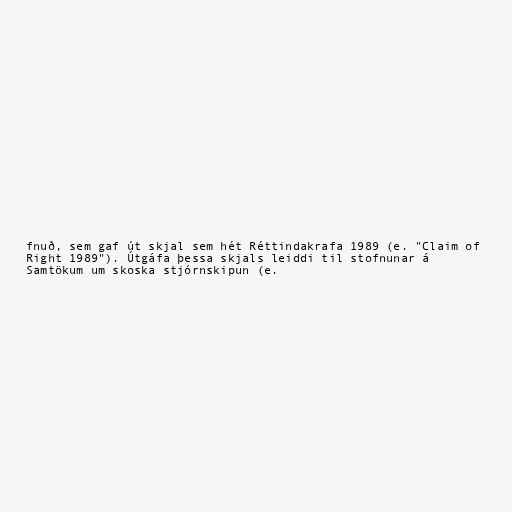
fnuð, sem gaf út skjal sem hét Réttindakrafa 1989 (e. "Claim of
Right 1989"). Útgáfa þessa skjals leiddi til stofnunar á
Samtökum um skoska stjórnskipun (e.